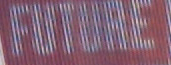
FUTUEE